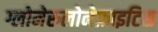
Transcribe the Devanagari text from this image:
ग्लोमेरुलोनेफ्राइटिस